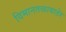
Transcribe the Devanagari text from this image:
विमानतळाबाहेर